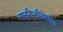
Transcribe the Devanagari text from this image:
बसविलीदेखील